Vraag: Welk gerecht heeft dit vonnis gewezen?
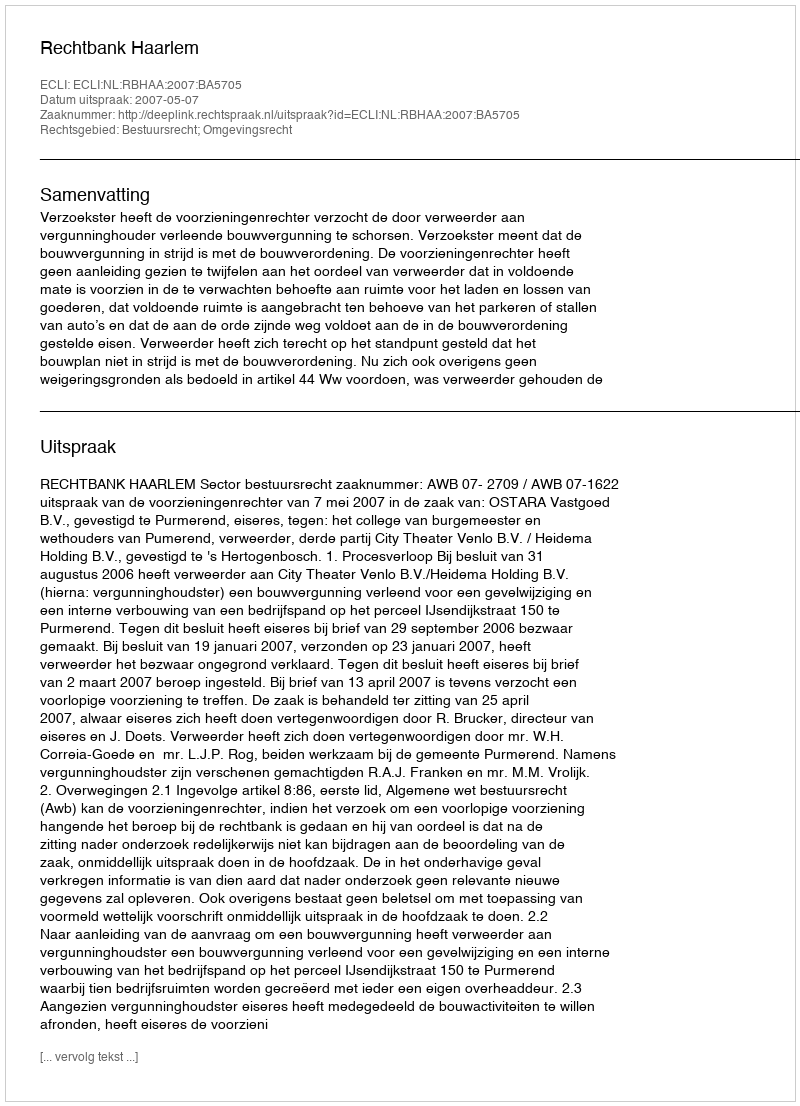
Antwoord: Rechtbank Haarlem